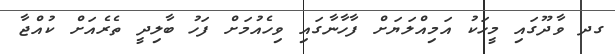
ގދ ވާދޫގައި މީހަކު އަމިއްލަަޔަށް ފާހާނާގައި ވިހެއުމަށް ފަހު ބާލިދީ ތެރެއަށް ކުއްޖާ